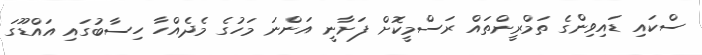
ސްކައި ޑައިވިންގެ ތަމްރީންތައް ރަސްމީކޮށް ފަށާނީ އަންނަ މަހުގެ މެދެއްހާ ހިސާބުގައި އައްޑޫގަ